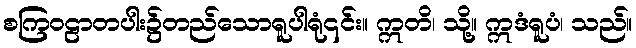
စကြဝဠာတပါး၌တည်သောရူပါရုံ၎င်း။ ဣတိ၊ သို့။ ဣဒံရူပံ၊ သည်။